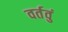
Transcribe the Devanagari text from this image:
वर्तवुं